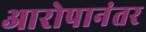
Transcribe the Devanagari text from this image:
आरोपानंतर